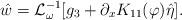
LaTeX: \begin{align*}\hat{w}=\mathcal{L}_{\omega}^{-1}[g_3+\partial_x K_{11}(\varphi)\hat{\eta}].\end{align*}